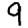
Digit: 9